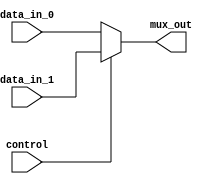
module mux2to1 (
    input wire data_in_0,
    input wire data_in_1,
    input wire control,
    output reg mux_out
);

always @(*) begin
    if (control == 1'b0)
        mux_out = data_in_0;
    else
        mux_out = data_in_1;
end

endmodule